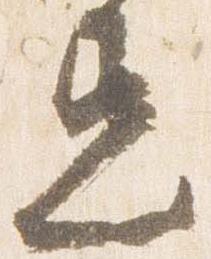
忠